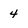
Character: 4